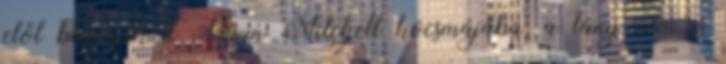
elől bemenekült Taryn Mitchell kocsmájába, a lány nem is